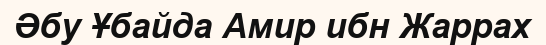
Әбу Ұбайда Амир ибн Жаррах